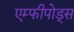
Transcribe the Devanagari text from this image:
एम्फीपोड्स